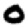
Digit: 0